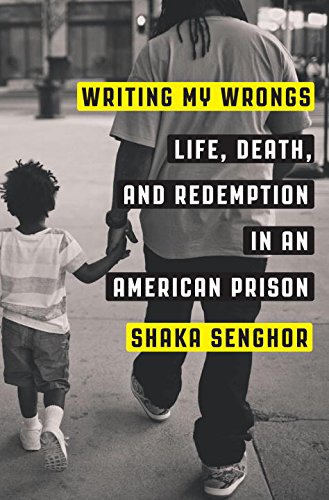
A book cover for Writing My Wrongs: Life, Death, and Redemption in an American Prison; Shaka Senghor; Biographies & Memoirs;